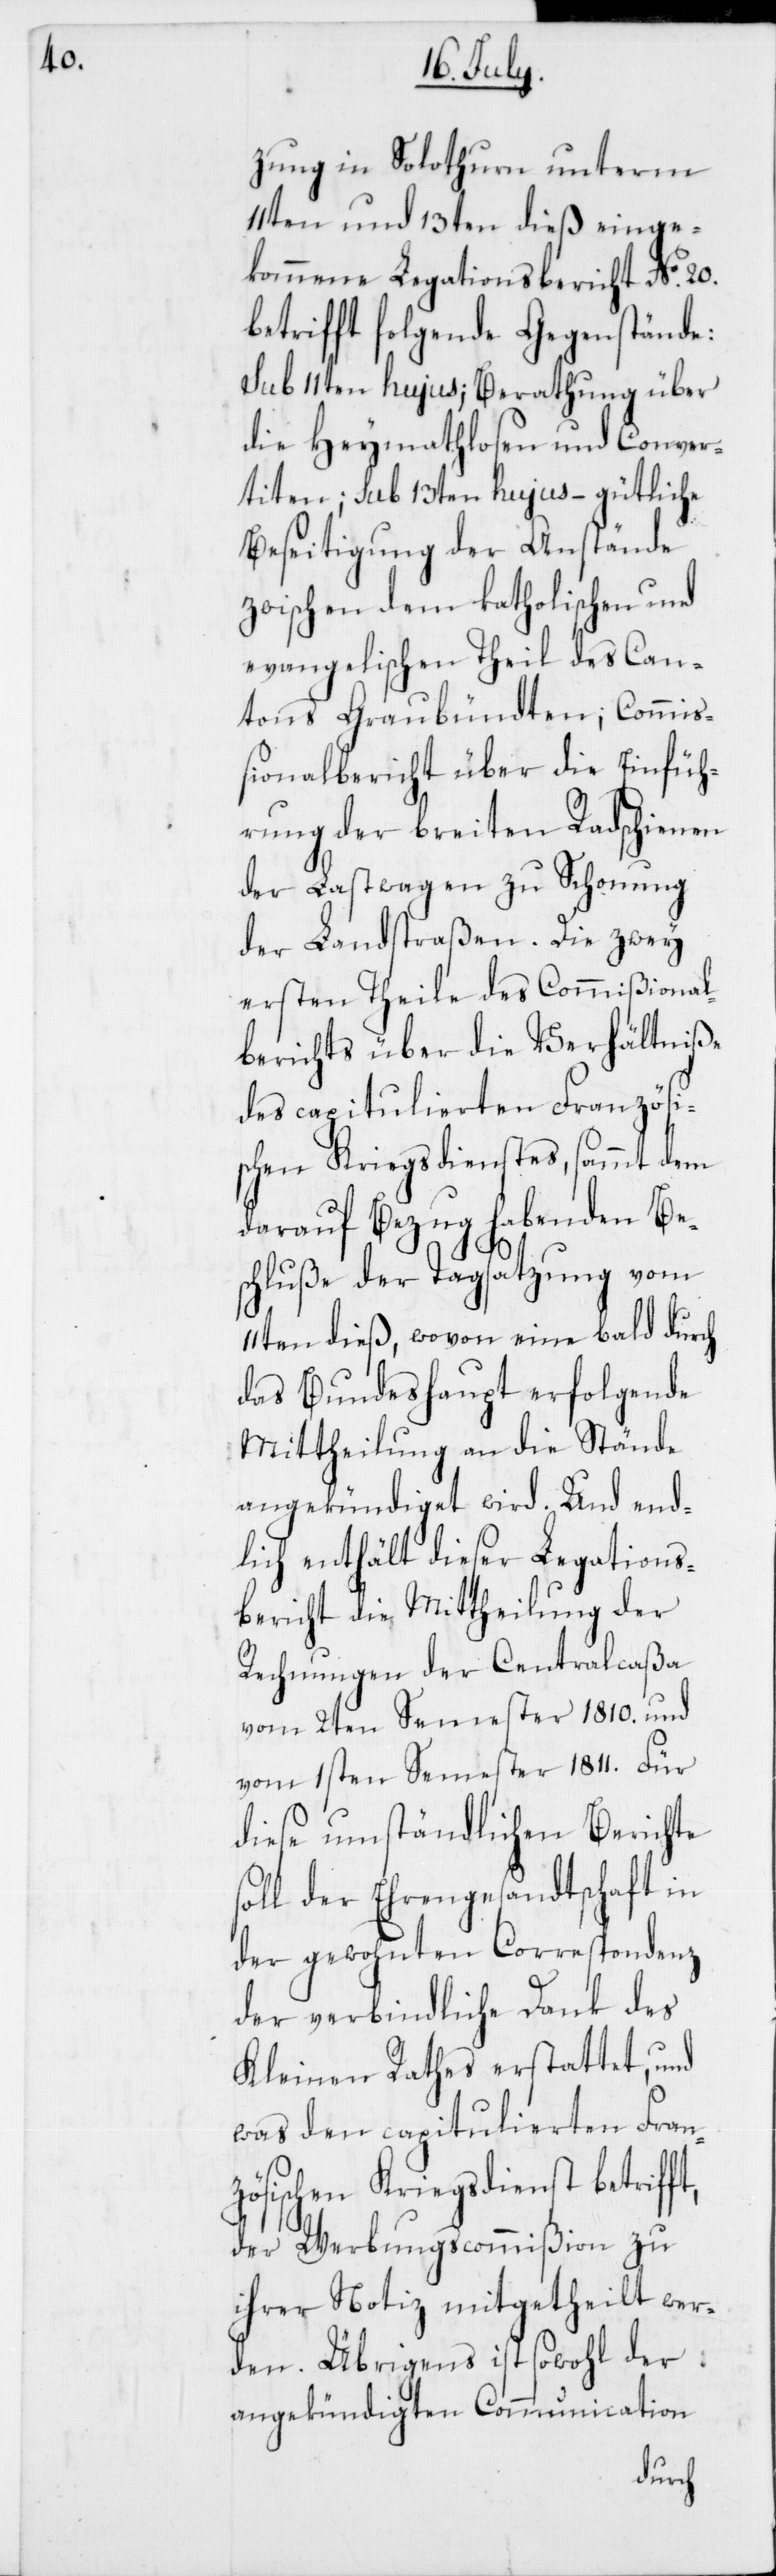
zung in Solothurn unterm
11ten und 13ten dieß einge¬
kommene Legationsbericht No. 20.
betrifft folgende Gegenstände:
Sub 11ten hujus; Berathung über
die Heymathlosen und Conver¬
titen; sub 13ten hujus – gütliche
Beseitigung der Anstände
zwischen dem katholischen und
evangelischen Theil des Can¬
tons Graubündten; Commiß¬
ionalbericht über die Einfüh¬
rung der breiten Radschienen
der Lastwagen zu Schonung
der Landstraßen. Die zwey
ersten Theile des Commißional¬
berichts über die Verhältniße
des capitulierten Französi¬
schen Kriegsdienstes, sammt dem
darauf Bezug habenden Be¬
schluße der Tagsatzung vom
11ten dieß, wovon eine bald durch
das Bundeshaupt erfolgende
Mittheilung an die Stände
angekündiget wird. Und end¬
lich enthält dieser Legations¬
bericht die Mittheilung der
Rechnungen der Centralcaßa
vom 2ten Semester 1810. und
vom 1.sten Semester 1811. Für
diese umständlichen Berichte
der Ehrengesandtschaft in
der gewohnten Correspondenz
der verbindliche Dank des
Kleinen Rathes erstattet, und
was den capitulierten Fran¬
zösischen Kriegsdienst betrifft,
der Werbungscommißion zu
ihrer Notiz mitgetheilt wer¬
den. Übrigens ist sowohl der
angekündigten Communication